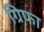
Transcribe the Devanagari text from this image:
ग्रिफा